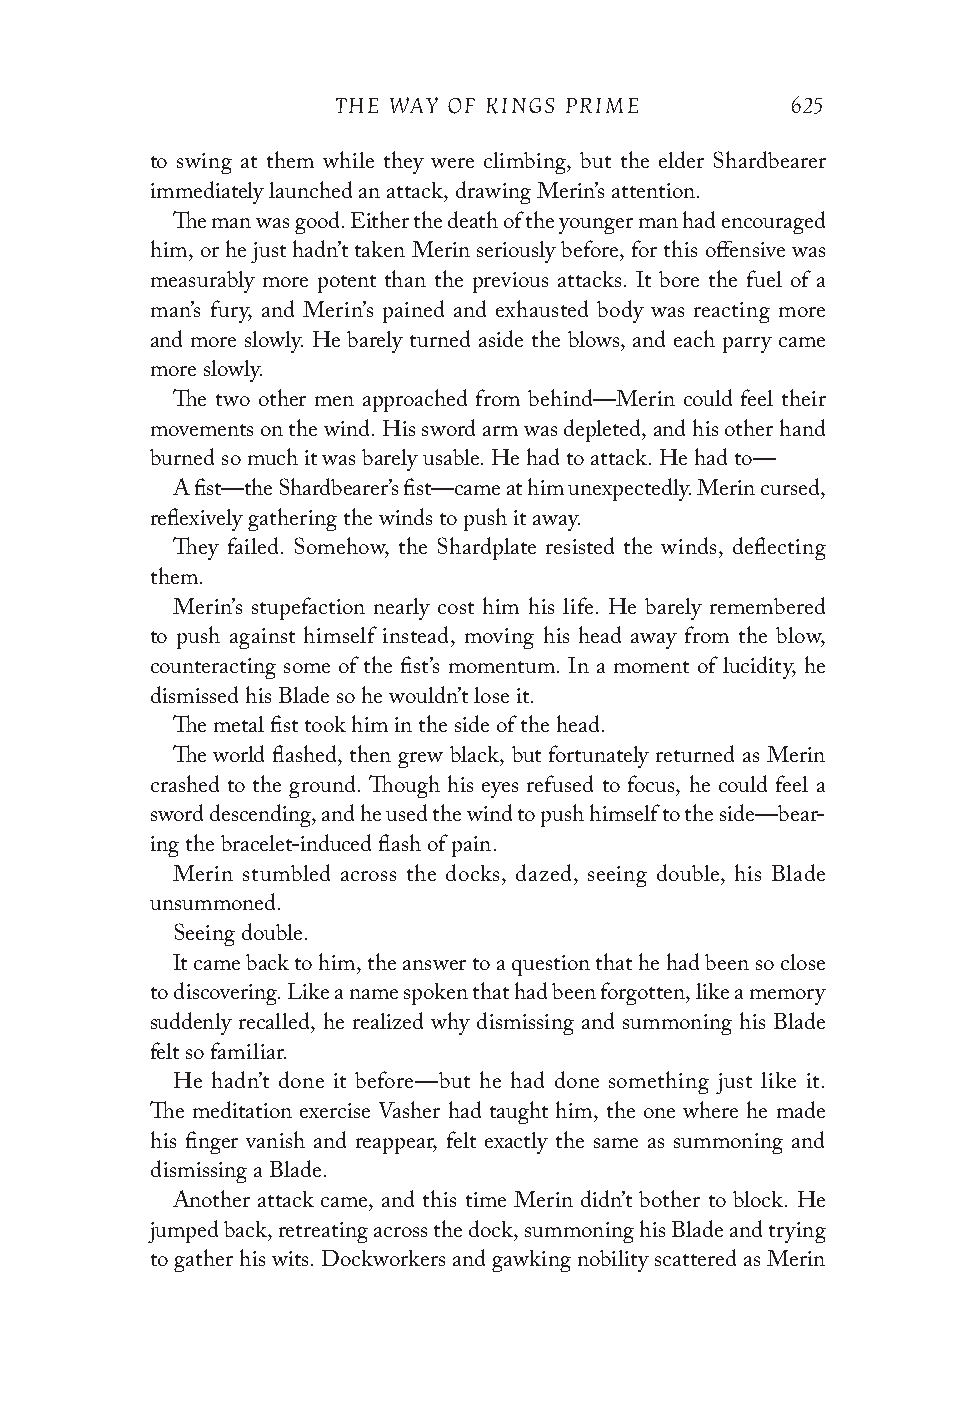
THE WAY OF KINGS PRIME        625
 to swing at them while they were climbing, but the elder Shardbearer
 immediately launched an attack, drawing Merin’s attention.
 The man was good. Either the death of the younger man had encouraged
 him, or he just hadn’t taken Merin seriously before, for this offensive was
 measurably more potent than the previous attacks. It bore the fuel of a
 man’s fury, and Merin’s pained and exhausted body was reacting more
 and more slowly. He barely turned aside the blows, and each parry came
 more slowly.
 The two other men approached from behind—Merin could feel their
 movements on the wind. His sword arm was depleted, and his other hand
 burned so much it was barely usable. He had to attack. He had to—
 A fist—the Shardbearer’s fist—came at him unexpectedly. Merin cursed,
 reflexively gathering the winds to push it away.
 They failed. Somehow, the Shardplate resisted the winds, deflecting
 them.
 Merin’s stupefaction nearly cost him his life. He barely remembered
 to push against himself instead, moving his head away from the blow,
 counteracting some of the fist’s momentum. In a moment of lucidity, he
 dismissed his Blade so he wouldn’t lose it.
 The metal fist took him in the side of the head.
 The world flashed, then grew black, but fortunately returned as Merin
 crashed to the ground. Though his eyes refused to focus, he could feel a
 sword descending, and he used the wind to push himself to the side—bear-
 ing the bracelet-induced flash of pain.
 Merin stumbled across the docks, dazed, seeing double, his Blade
 unsummoned.
 Seeing double.
 It came back to him, the answer to a question that he had been so close
 to discovering. Like a name spoken that had been forgotten, like a memory
 suddenly recalled, he realized why dismissing and summoning his Blade
 felt so familiar.
 He hadn’t done it before—but he had done something just like it.
 The meditation exercise Vasher had taught him, the one where he made
 his finger vanish and reappear, felt exactly the same as summoning and
 dismissing a Blade.
 Another attack came, and this time Merin didn’t bother to block. He
 jumped back, retreating across the dock, summoning his Blade and trying
 to gather his wits. Dockworkers and gawking nobility scattered as Merin